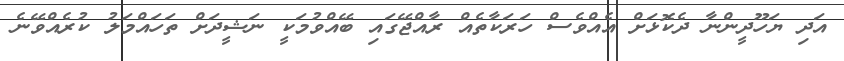
އަދި ޔަހޫދީީންނާ ދެކޮޅަށް އެއްވެސް ހަރަކާތެއް ރާއްޖޭގައި ބޭއްވުމަކީ ނަޝީދަށް ތަހައްމަލު ކުރެއްވޭނެ